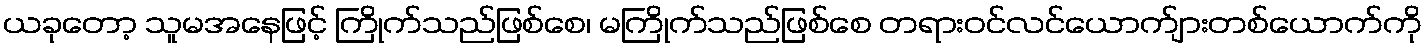
ယခုတော့ သူမအနေဖြင့် ကြိုက်သည်ဖြစ်စေ၊ မကြိုက်သည်ဖြစ်စေ တရားဝင်လင်ယောက်ျားတစ်ယောက်ကို